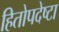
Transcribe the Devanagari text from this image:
हितोपदेष्टा